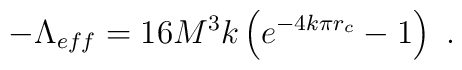
-\Lambda_{eff}=16M^{3}k\left(e^{-4k\pi r_{c}}-1\right)\ .